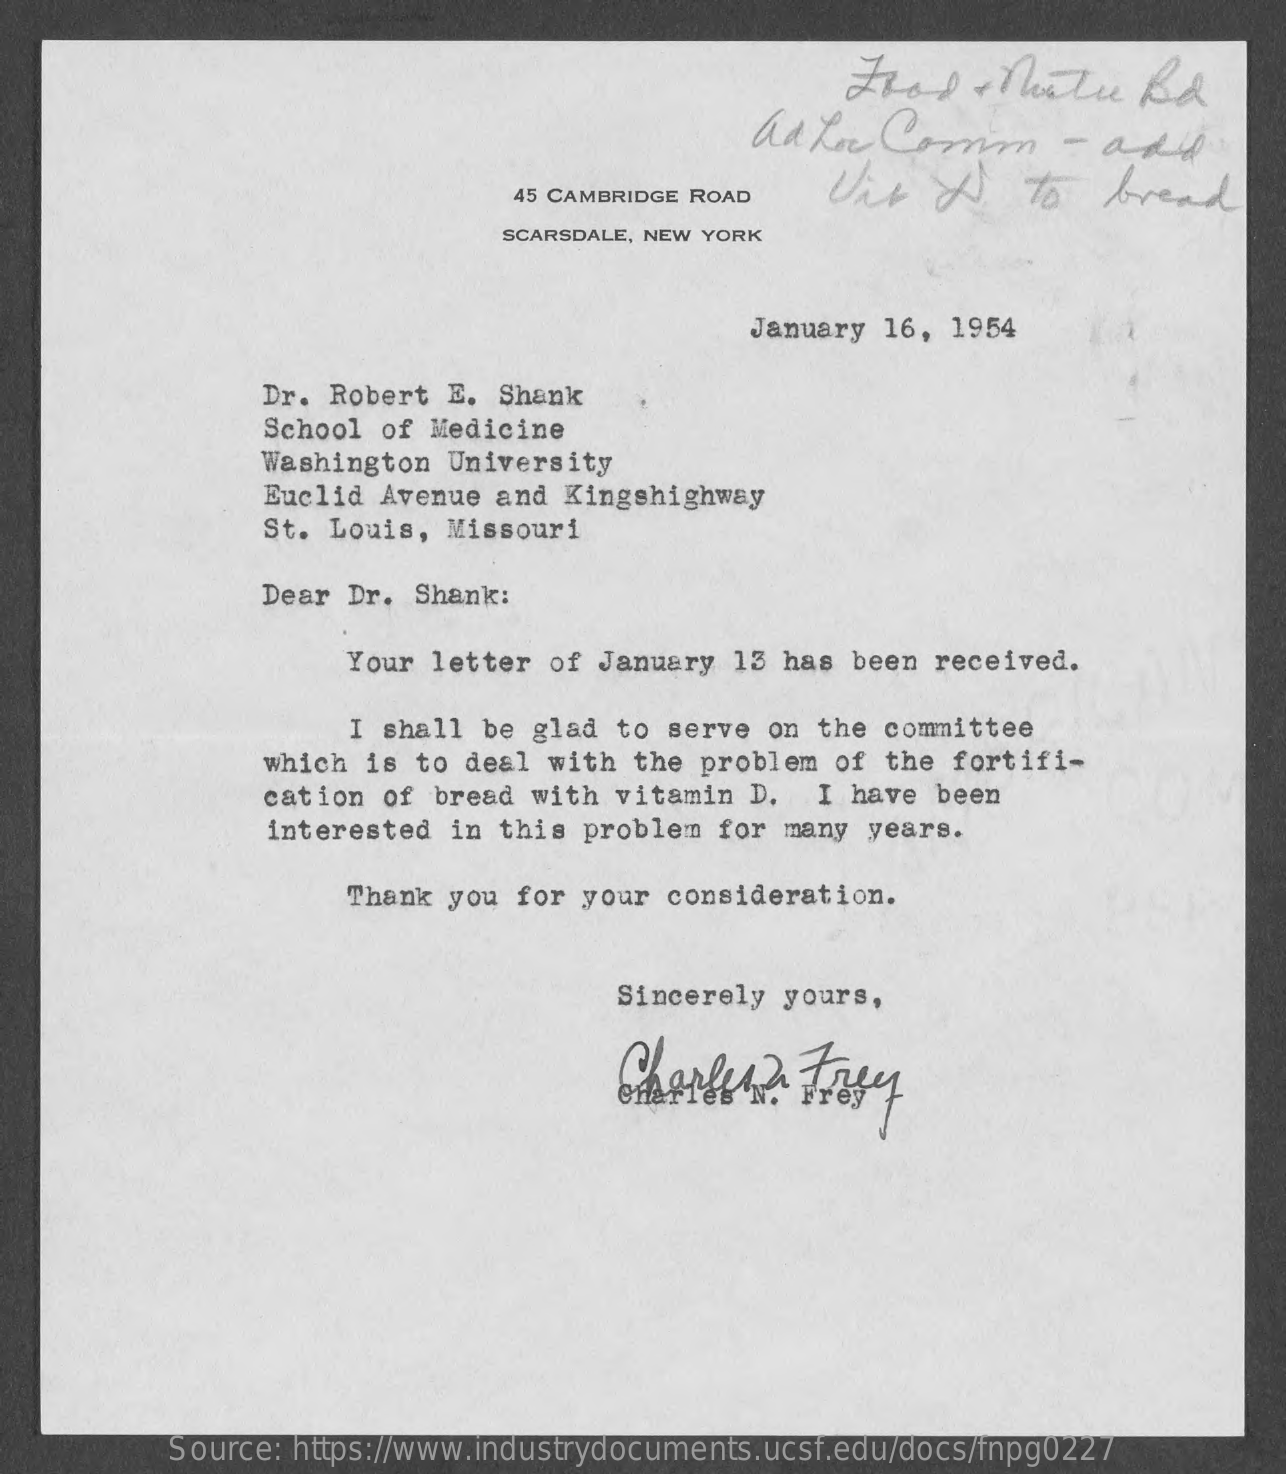
Fhad    + Postre  Rd
     adler   Comm    - add
     Vir   &    to   bread 45 CAMBRIDGE ROAD
     SCARSDALE, NEW YORK
     January 16, 1954
     Dr. Robert E. Shank
     School of Medicine
     Washington University
     Euclid Avenue and Kingshighway
     St. Louis, Missouri
     Dear Dr. Shank:
     Your letter of January  13 has been received.
     I shall be glad  to serve on the committee
     which is to deal with  the problem of the fortifi-
     cation of bread with vitamin  D.  I have been
     interested in this problem  for many years.
     Thank you for your  consideration.
     Sincerely yours,
     174
     Source: https://www.industrydocuments.ucsf.edu/docs/fnpg0227